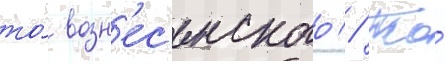
то́ возн'ес'енского // То́